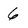
Character: 6